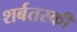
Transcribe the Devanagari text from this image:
शर्बतस्की